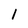
Character: I